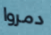
دمروا